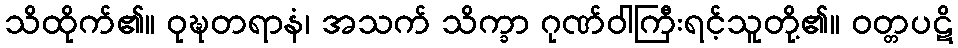
သိထိုက်၏။ ဝုဍ္ဎတရာနံ၊ အသက် သိက္ခာ ဂုဏ်ဝါကြီးရင့်သူတို့၏။ ဝတ္တပဋိ